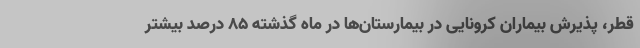
قطر، پذیرش بیماران کرونایی در بیمارستان‌ها در ماه گذشته ۸۵ درصد بیشتر